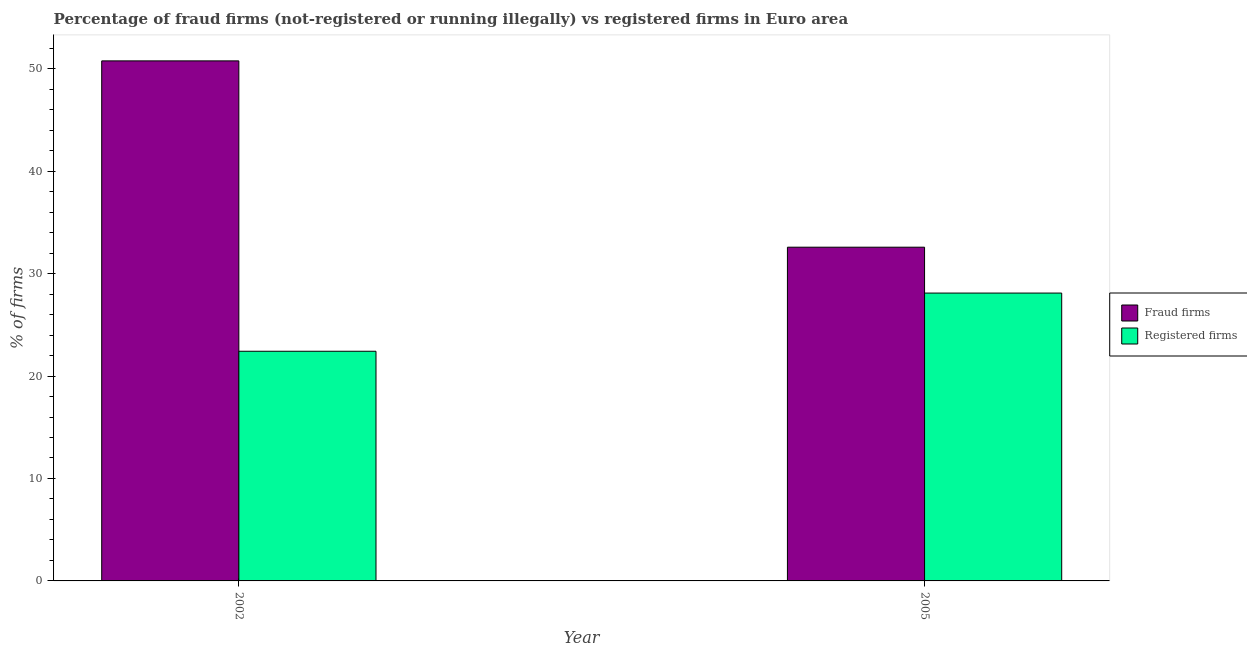
| Year | Fraud firms | Registered firms |
 | --- | --- | --- |
 | 2002 | 50.8 | 22.4 |
 | 2005 | 32.6 | 28.1 |